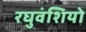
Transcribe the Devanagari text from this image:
रघुवंशियो